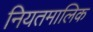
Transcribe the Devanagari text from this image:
नियतमालिक